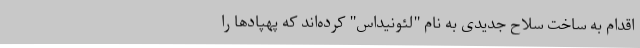
اقدام به ساخت سلاح جدیدی به نام "لئونیداس" کرده‌اند که پهپادها را